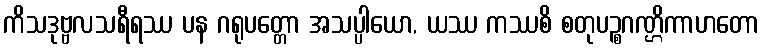
ကိသဒုဗ္ဗလသရီရဿ ပန ဂရုပတ္တော အသပ္ပါယော, ယဿ ကဿစိ စတုပဉ္စဂဏ္ဌိကာဟတော